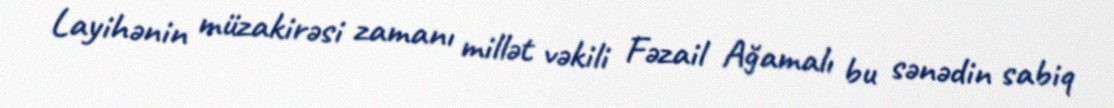
Layihənin müzakirəsi zamanı millət vəkili Fəzail Ağamalı bu sənədin sabiq